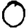
Digit: 0